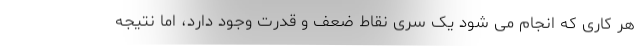
هر کاری که انجام می شود یک سری نقاط ضعف و قدرت وجود دارد، اما نتیجه